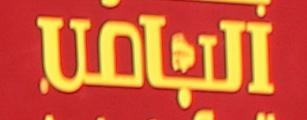
الباص